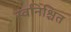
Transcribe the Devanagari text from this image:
स्वनिश्चित